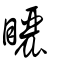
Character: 矖